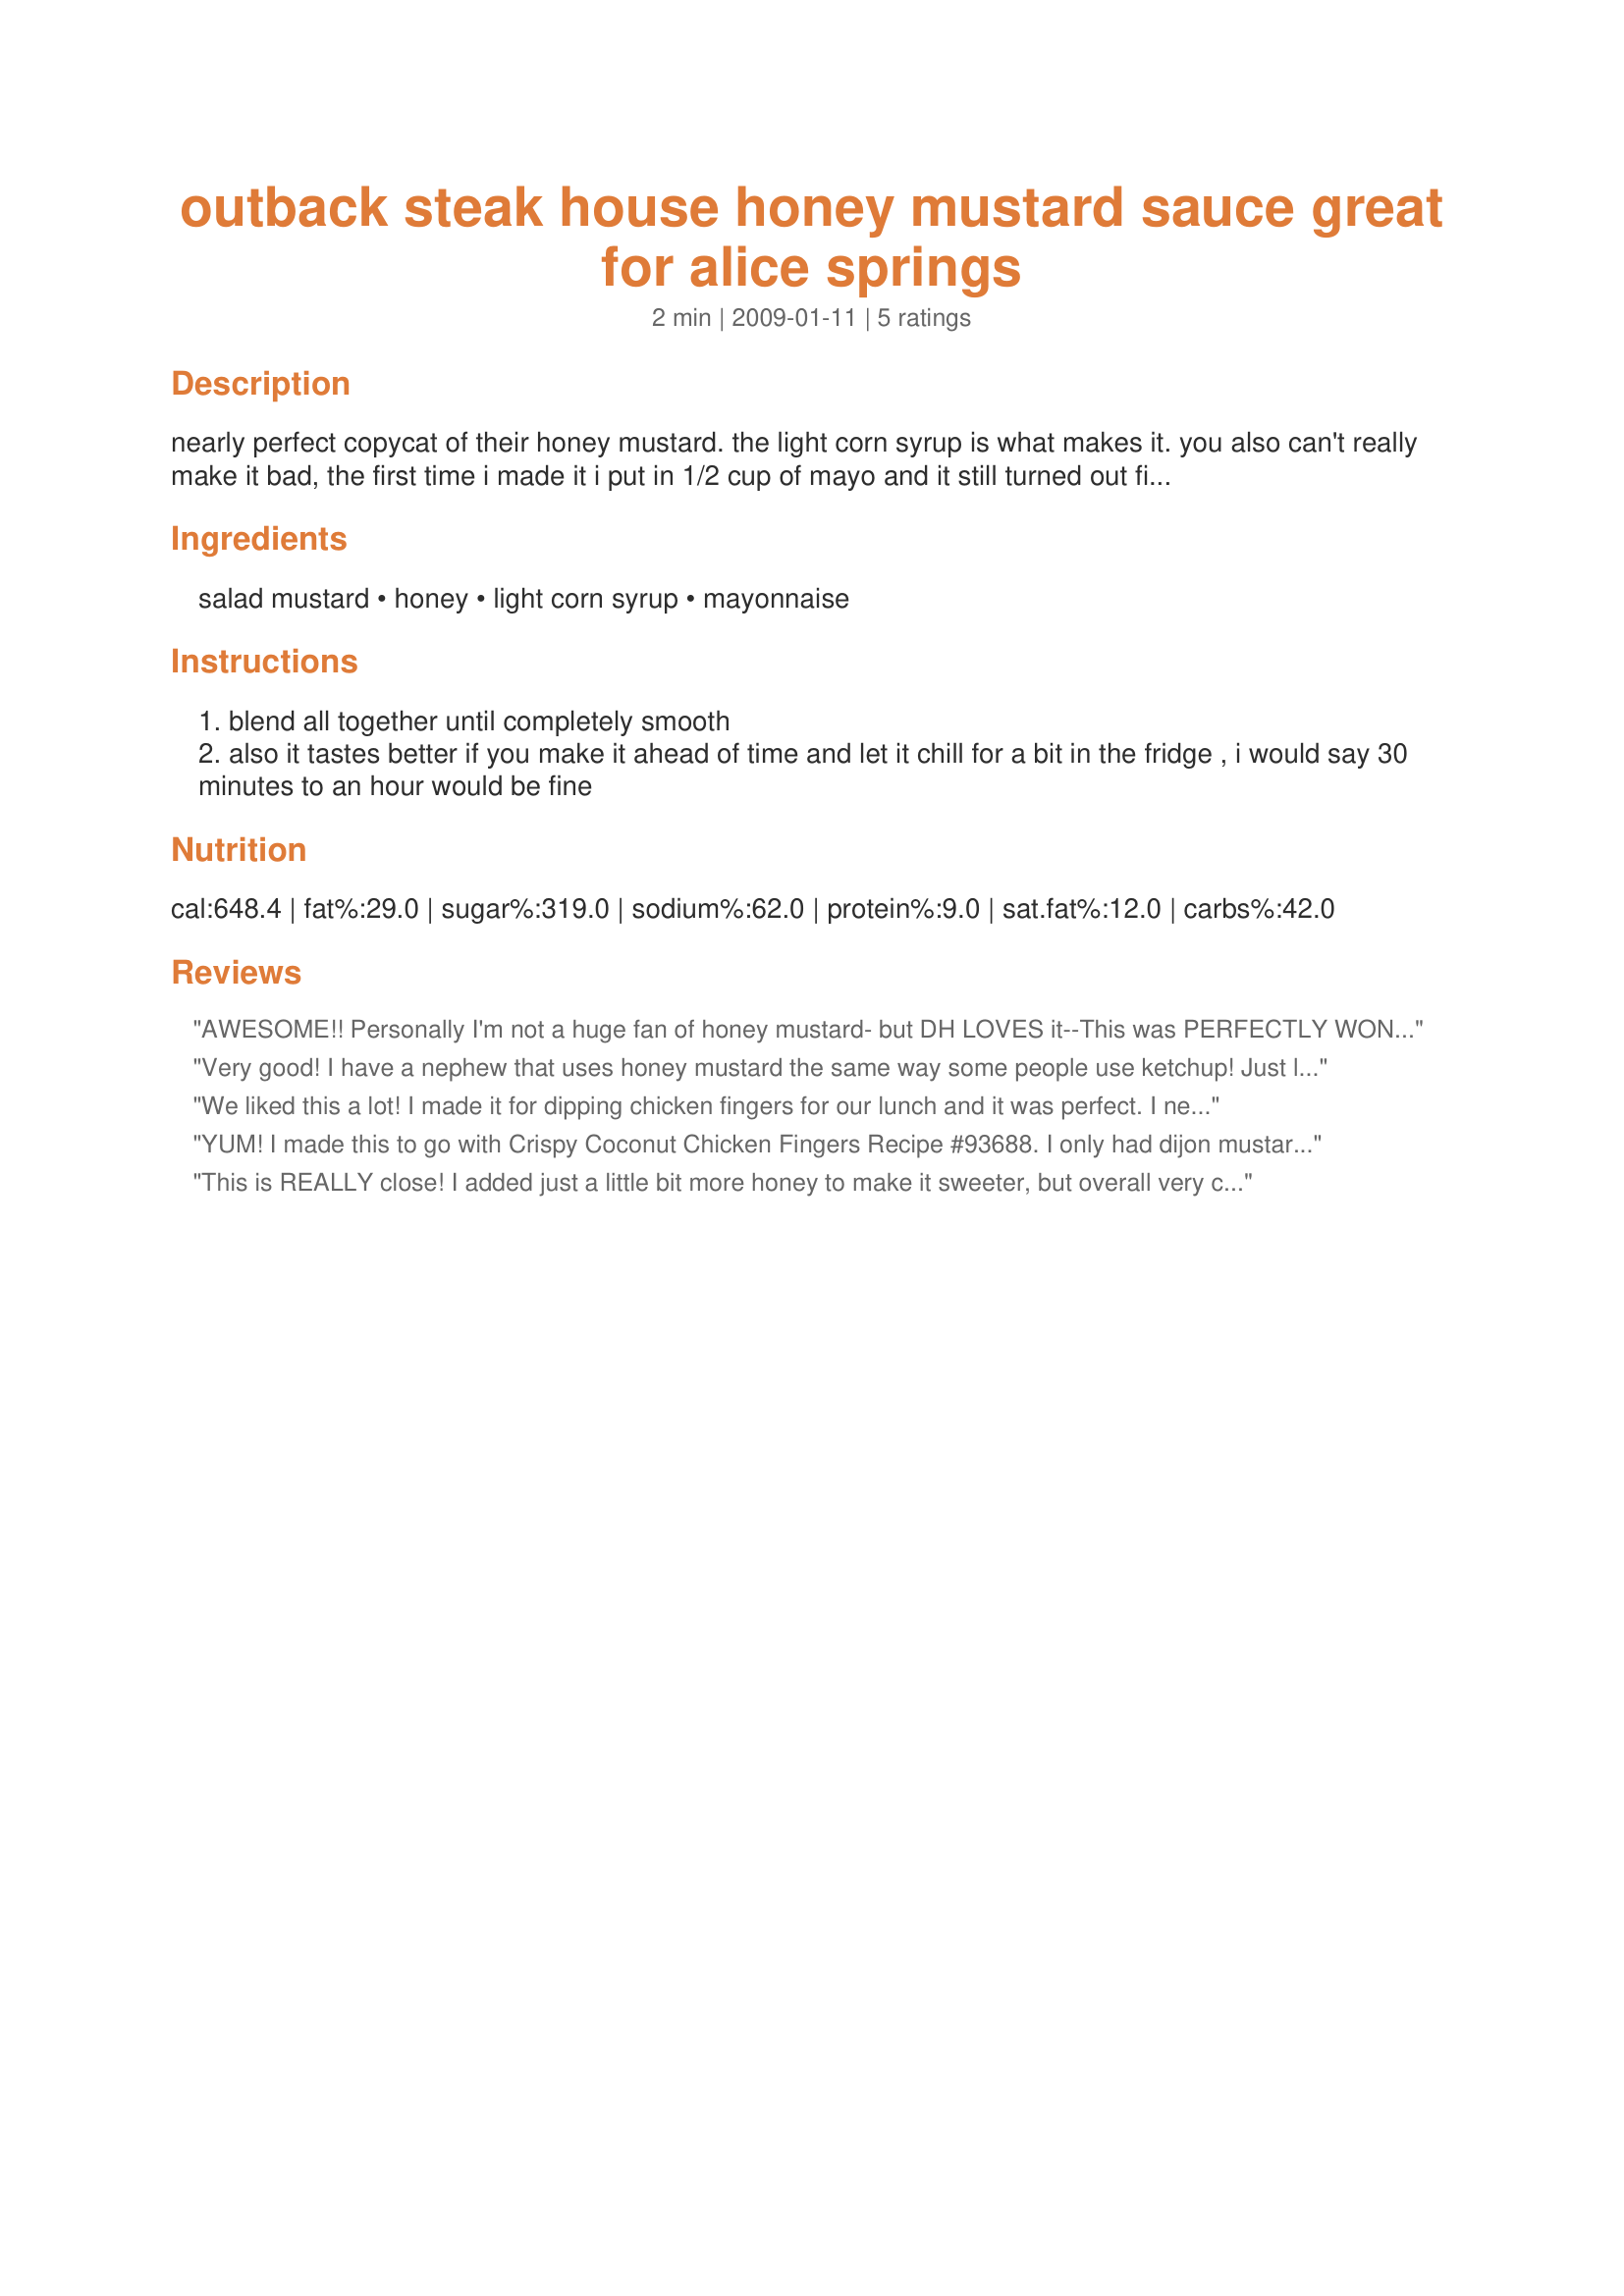
outback steak house honey mustard sauce great for alice springs
Preparation time: 2 minutes

nearly perfect copycat of their honey mustard. the light corn syrup is what makes it. you also can't really make it bad, the first time i made it i put in 1/2 cup of mayo and it still turned out fine! also if your like me you might not know what "prepared salad mustard" is; well its just regular yellow mustard.

Ingredients:
salad mustard, honey, light corn syrup, mayonnaise

Steps:
blend all together until completely smooth
also it tastes better if you make it ahead of time and let it chill for a bit in the fridge , i would say 30 minutes to an hour would be fine

Reviews:
AWESOME!! Personally I'm not a huge fan of honey mustard- but DH LOVES it--This was PERFECTLY WONDERFUL to both of us!! Thanks for sharing!! Used also with Alice Springs recipe!
Very good! I have a nephew that uses honey mustard the same way some people use ketchup! Just loves the stuff! So, I made this as a treat for him to dip his french fries in! He loved it! I gave him the recipe (16yr old)! He's so excited that he can make it himself! Thanks for posting! This recipe will be made often! Made for Spring 2009 PAC
We liked this a lot! I made it for dipping chicken fingers for our lunch and it was perfect. I never would have thought of adding corn syrup but it works. Very good sauce. Made for PAC Spring 09.
YUM! I made this to go with Crispy Coconut Chicken Fingers
Recipe #93688. I only had dijon mustard on hand so I used that and it turned out really well.
This is REALLY close! I added just a little bit more honey to make it sweeter, but overall very close to The Outback! Thanks!
